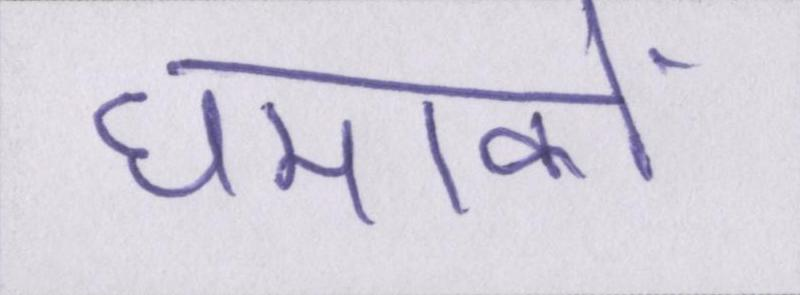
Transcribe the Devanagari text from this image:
धमाकों